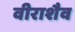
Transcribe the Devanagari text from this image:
वीराशैव